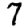
Digit: 7